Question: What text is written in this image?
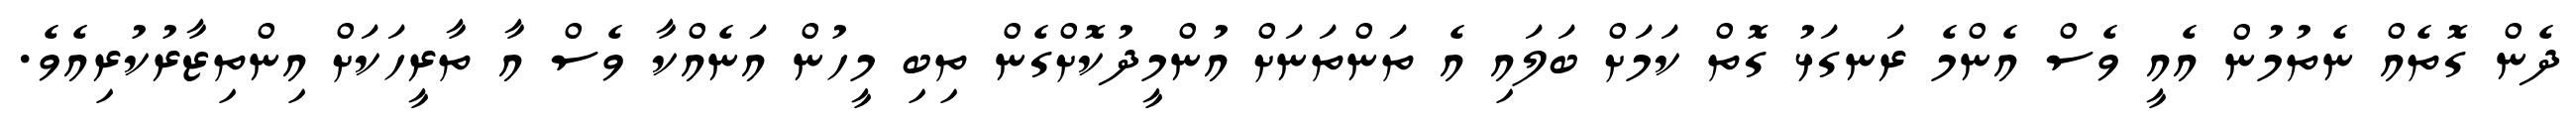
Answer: ދެން ގޮތެއް ނެތުމުން އެއީ ވެސް އެންމެ ރަނގަޅު ގޮތް ކަމަށް ބަލައި އެ ތަންތަނަށް އުންމީދުކޮށްގެން ތިބި މީހުން އަނެއްކާ ވެސް އާ ތާރީހަކަށް އިންތިޒާރުކުރިއެވެ.